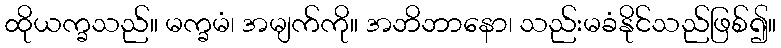
ထိုယက္ခသည်။ မက္ခမံ၊ အမျက်ကို။ အဘိဘာနော၊ သည်းမခံနိုင်သည်ဖြစ်၍။